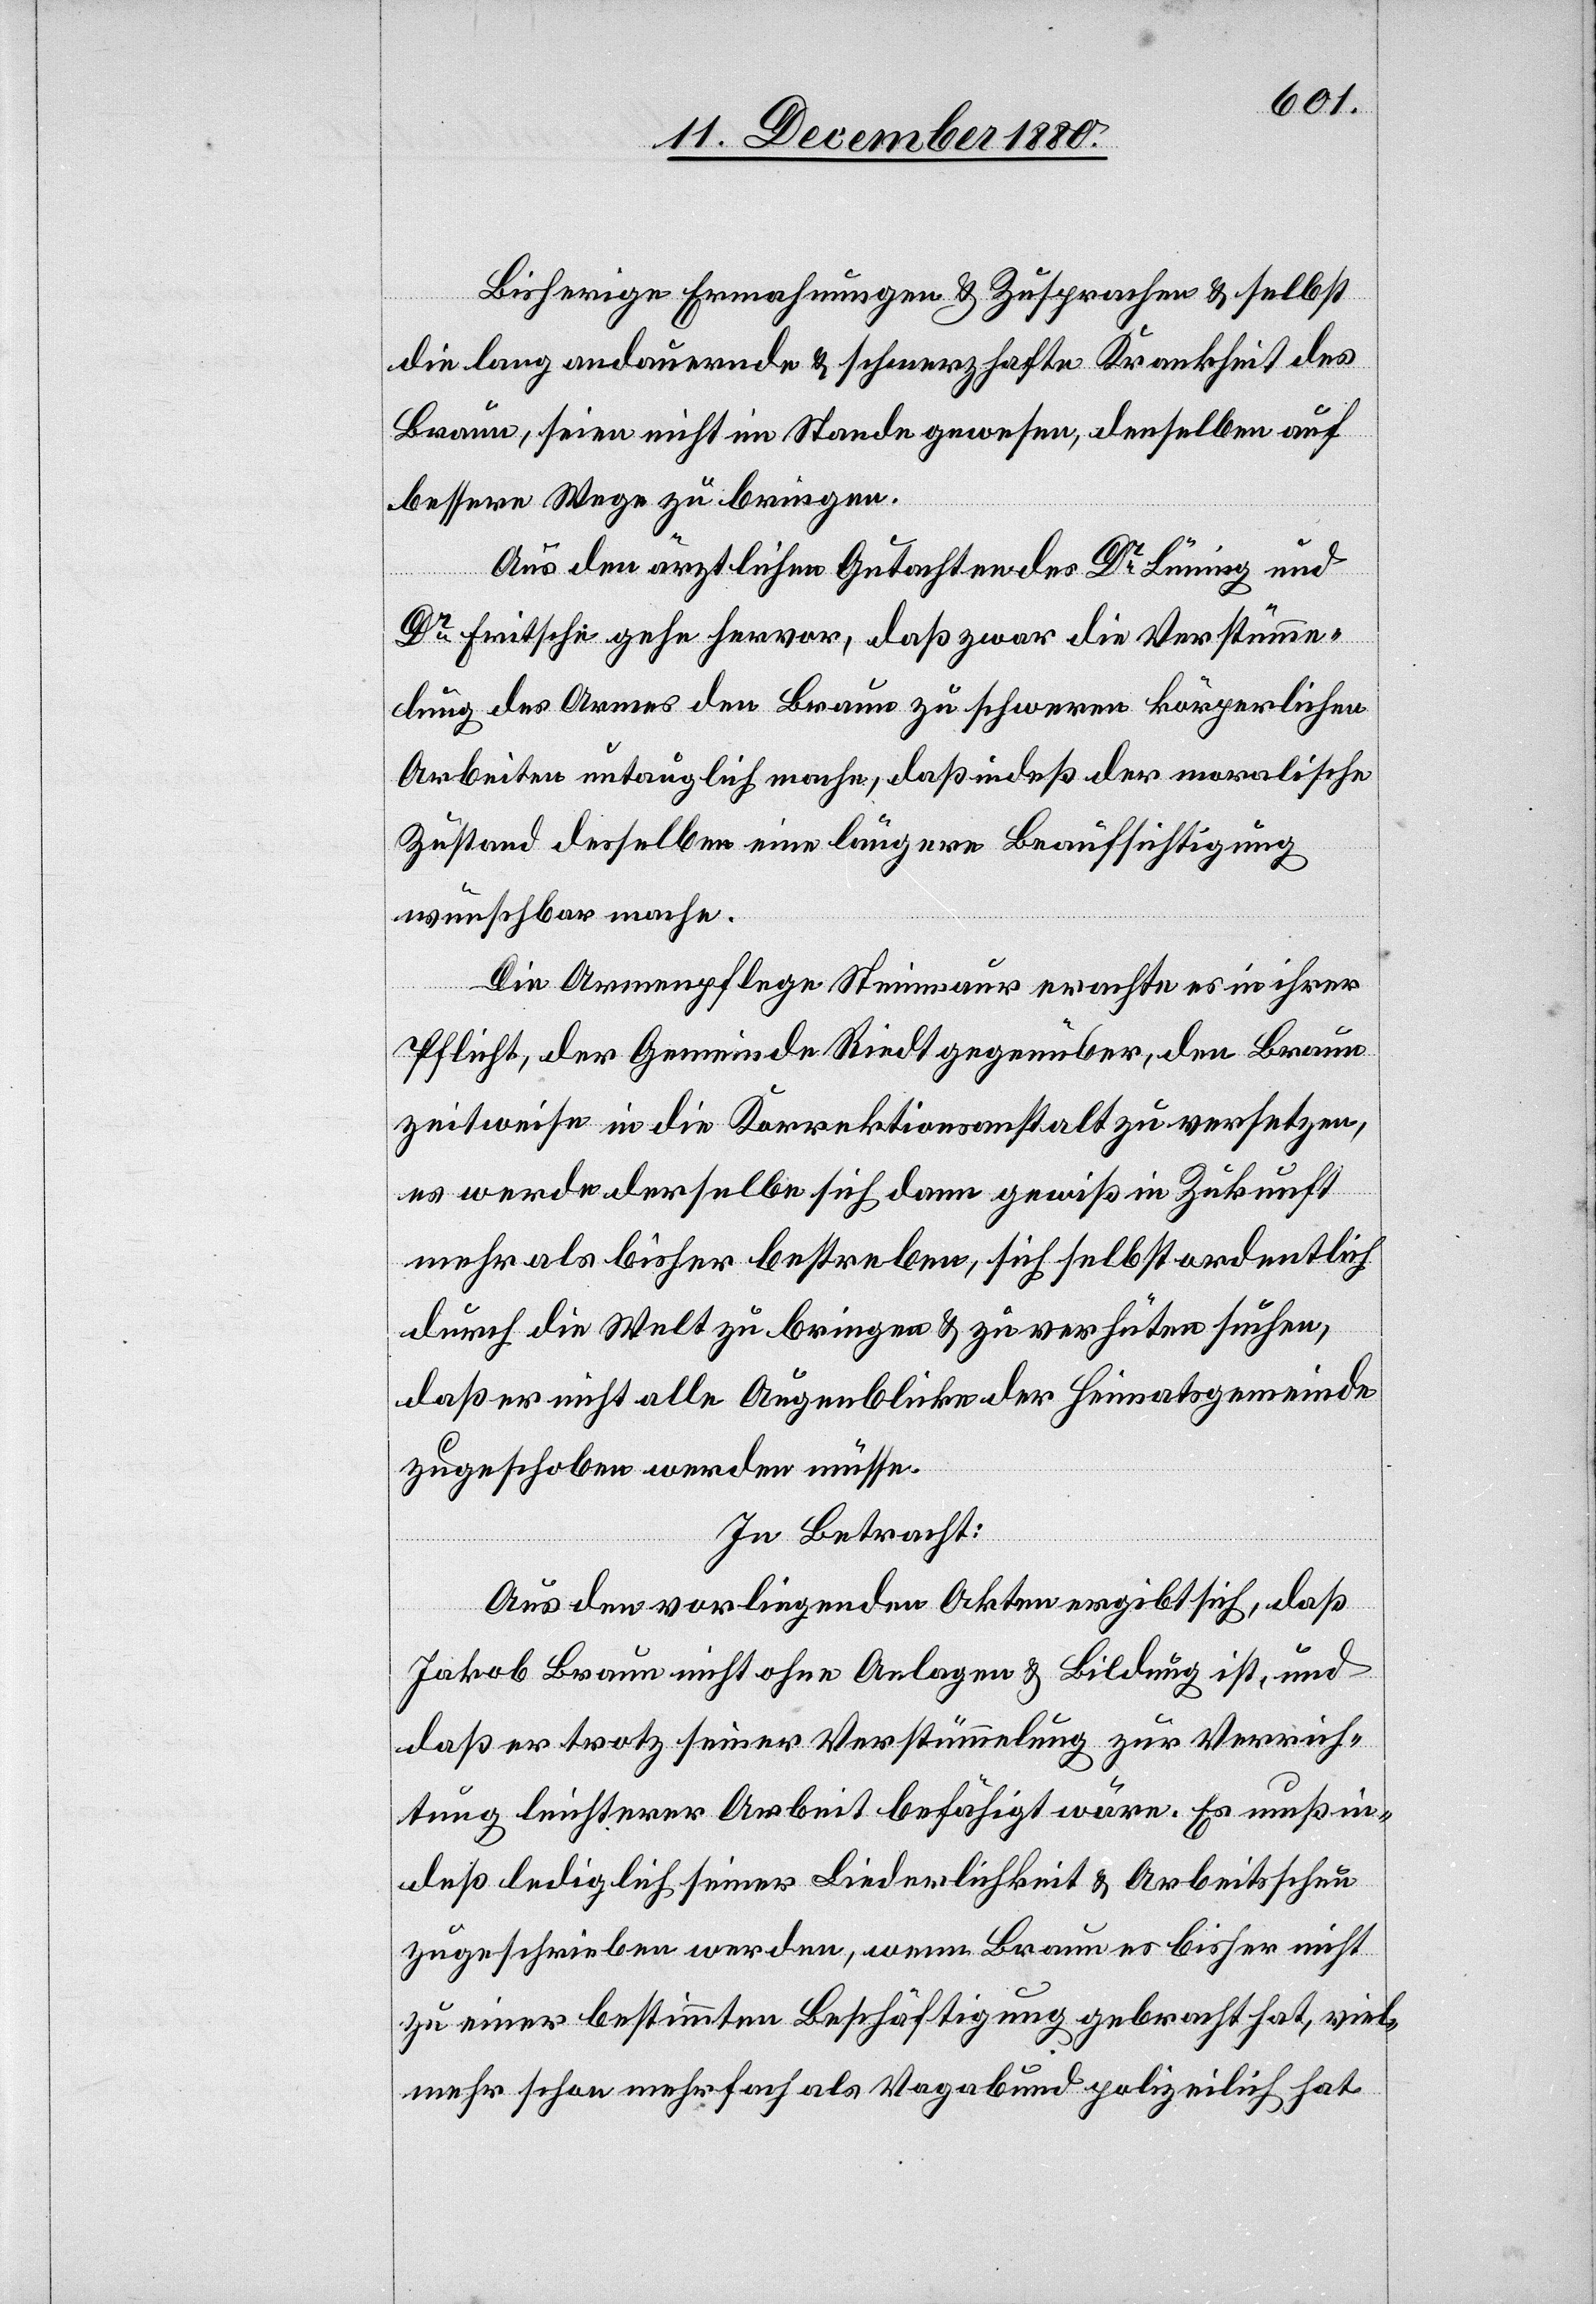
Bisherige Ermahnungen & Zusprachen & selbst
die lang andauernde & schmerzhafte Krankheit des
Braun, seien nicht im Stande gewesen, denselben auf
bessere Wege zu bringen.
Aus den ärztlichen Gutachten des Dr Lüning und
Dr Fritsche gehe hervor, daß zwar die Verstümme¬
lung des Armes den Braun zu schweren körperlichen
Arbeiten untauglich mache, daß indeß der moralische
Zustand desselben eine längere Beaufsichtigung
wünschbar mache.
Die Armenpflege Steinmaur erachte es in ihrer
Pflicht, der Gemeinde Riedt gegenüber, den Braun
zeitweise in die Korrektionsanstalt zu versetzen,
es werde derselbe sich dann gewiß in Zukunft
mehr als bisher bestreben, sich selbst ordentlich
durch die Welt zu bringen & zu verhüten suchen,
daß er nicht alle Augenblicke der Heimatsgemeinde
zugeschoben werden müsse.
In Betracht:
Aus den vorliegenden Akten ergibt sich, daß
Jakob Braun nicht ohne Anlagen & Bildung ist, und
daß er trotz seiner Verstümmelung zur Verrich¬
tung leichterer Arbeit befähigt wäre. Es muß in¬
deß lediglich seiner Liederlichkeit & Arbeitsscheu
zugeschrieben werden, wenn Braun es bisher nicht
zu einer bestimmten Beschäftigung gebracht hat, viel¬
mehr schon mehrfach als Vagabund polizeilich hat